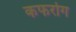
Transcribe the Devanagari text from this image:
कफरोग